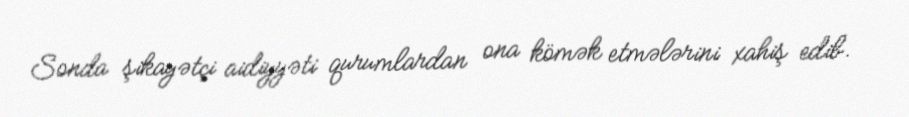
Sonda şikayətçi aidiyyəti qurumlardan ona kömək etmələrini xahiş edib.